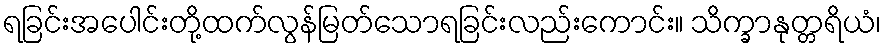
ရခြင်းအပေါင်းတို့ထက်လွန်မြတ်သောရခြင်းလည်းကောင်း။ သိက္ခာနုတ္တရိယံ၊